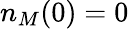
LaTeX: n_{M}(0)=0